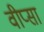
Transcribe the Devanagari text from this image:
वीप्सा